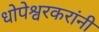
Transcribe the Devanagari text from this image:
धोपेश्वरकरांनी